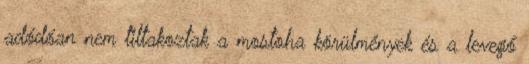
adódóan nem tiltakoztak a mostoha körülmények és a levegő